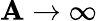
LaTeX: \mathbf{A}\rightarrow\infty